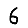
Digit: 6